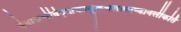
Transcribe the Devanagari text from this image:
येनाकर्णविकृष्टकार्मूकचलत्काण्डावलीकर्ति